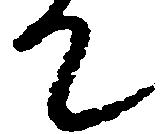
て